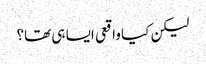
لیکن کیا واقعی ایسا ہی تھا؟